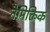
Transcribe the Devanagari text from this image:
नैमिक्तिक